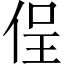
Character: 侱